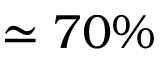
\simeq 7 0 \%